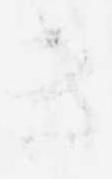
き